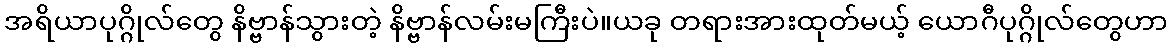
အရိယာပုဂ္ဂိုလ်တွေ နိဗ္ဗာန်သွားတဲ့ နိဗ္ဗာန်လမ်းမကြီးပဲ။ယခု တရားအားထုတ်မယ့် ယောဂီပုဂ္ဂိုလ်တွေဟာ